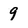
Character: 9